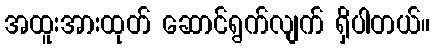
အထူးအားထုတ် ဆောင်ရွက်လျက် ရှိပါတယ်။